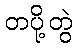
တပို့တွဲ